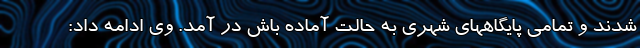
شدند و تمامی پایگاههای شهری به حالت آماده باش در آمد. وی ادامه داد: